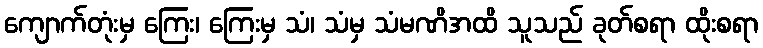
ကျောက်တုံးမှ ကြေး၊ ကြေးမှ သံ၊ သံမှ သံမဏိအထိ သူသည် ခုတ်စရာ ထိုးစရာ